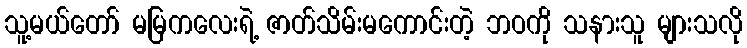
သူ့မယ်တော် မမြကလေးရဲ့ ဇာတ်သိမ်းမကောင်းတဲ့ ဘဝကို သနားသူ များသလို